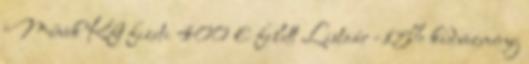
Művek Kft fizeti 400 € felett Listaár -15% kedvezmény